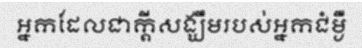
អ្នកដែលជាក្តីសង្ឃឹមរបស់អ្នកជំម្ងឺ